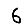
Digit: 6